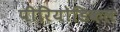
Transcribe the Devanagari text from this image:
पीरियोडिकल